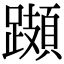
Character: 𨆆